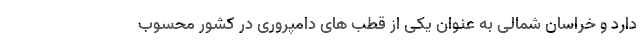
دارد و خراسان شمالی به عنوان یکی از قطب های دامپروری در کشور محسوب